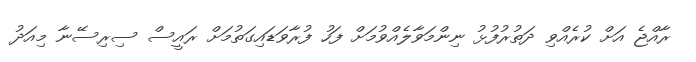
ރާއްޖެ އަށް ކުރެއްވި ދަތުރުފުޅު ނިންމަވާލެއްވުމަށް ފަހު ފުރާވަޑައިގަތުމަށް ރައީސް ސިރިސޭނާ މިއަދު